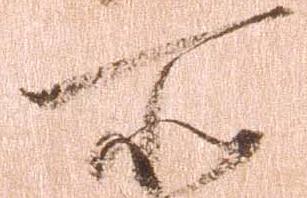
所